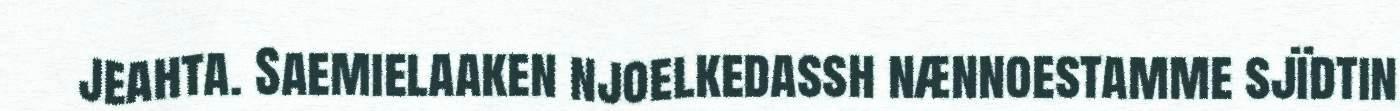
jeahta. Saemielaaken njoelkedassh nænnoestamme sjïdtin